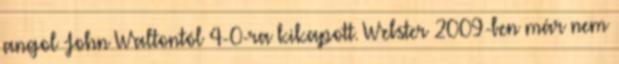
angol John Waltontól 4-0-ra kikapott. Webster 2009-ben már nem